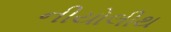
નીયોલીથ